Preliminary report on the killing of rats and rat fleas by hydrocyanic acid gas - Number 38
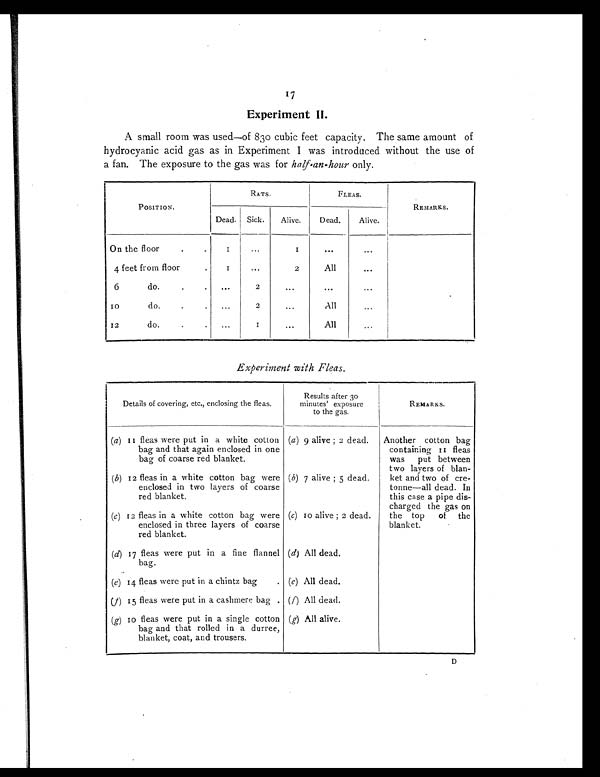
17
Experiment II.
A small room was used—of 830 cubic feet capacity. The same amount of
hydrocyanic acid gas as in Experiment I was introduced without the use of
a fan. The exposure to the gas was for half-an-hour only.
POSITION.
RATS.
FLEAS.
REMARKS.
Dead. Sick.
Alive.
Dead.
Alive.
On the floor
.
.
1
. . .
1
...
. . .
4 feet from floor
.
1
. . .
2
All
...
6 do.
.
.
. . .
2
. . .
. . .
. . .
10 do.
.
.
...
2
...
All
. . .
12 do.
.
. ...
1
. . .
All
. . .
Experiment with Fleas.
Details of covering, etc., enclosing the fleas.
Results after 30
minutes' exposure
to the gas.
REMARKS.
(a) 11 fleas were put in a white cotton
bag and that again enclosed in one
bag of coarse red blanket.
(a ) 9 alive; 2 dead.
Another cotton bag
containing 11 fleas
was put between
two layers of blan-
ket and two of cre-
tonne—all dead. In
this case a pipe dis-
charged the gas on
the top of the
blanket.
( b ) 12 fleas in a white cotton bag were
enclosed in two layers of coarse
red blanket.
( b) 7 alive; 5 dead.
(c ) 12 fleas in a white cotton bag were
enclosed in three layers of coarse
red blanket.
(c) 10 alive; 2 dead.
( d) 17 fleas were put in a fine flannel
bag.
( d) All dead.
(e ) 14 fleas were put in a chintz bag
. ( e) All dead.
(f ) 15 fleas were put in a cashmere bag . ( f) All dead.
(g) 10 fleas were put in a single cotton
bag and that rolled in a durree,
blanket, coat, and trousers.
(g) All alive.